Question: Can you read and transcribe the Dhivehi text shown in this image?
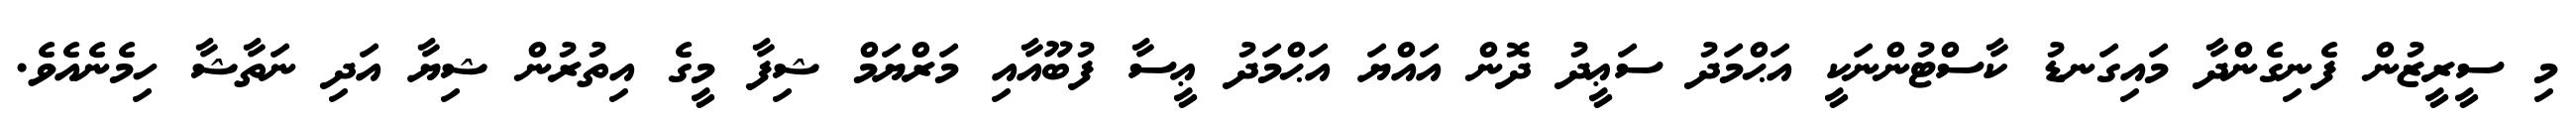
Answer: މި ސީރީޒުން ފެނިގެންދާ މައިގަނޑު ކާސްޓުންނަކީ އަޙްމަދު ސަޢީދު ދޮން އައްޔަ އަޙްމަދު ޢީސާ ފުބޫއާއި މަރްޔަމް ޝިފާ މީގެ އިތުރުން ޝިޔާ އަދި ނަތާޝާ ހިމެނެއެވެ.